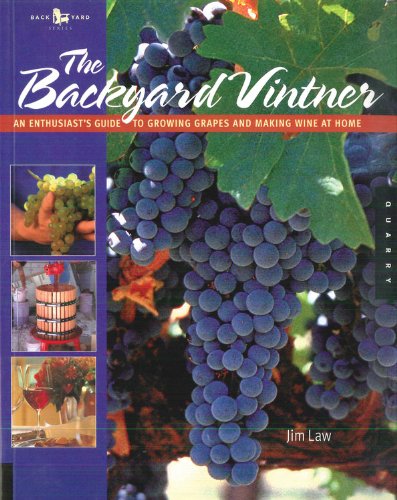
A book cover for The Backyard Vintner: An Enthusiast's Guide to Growing Grapes and Making Wine at Home; Jim Law; Crafts, Hobbies & Home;